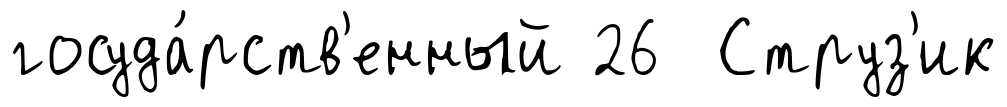
госуда́рств'енный 26 Струз'ик